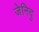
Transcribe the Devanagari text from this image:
जेनिदु